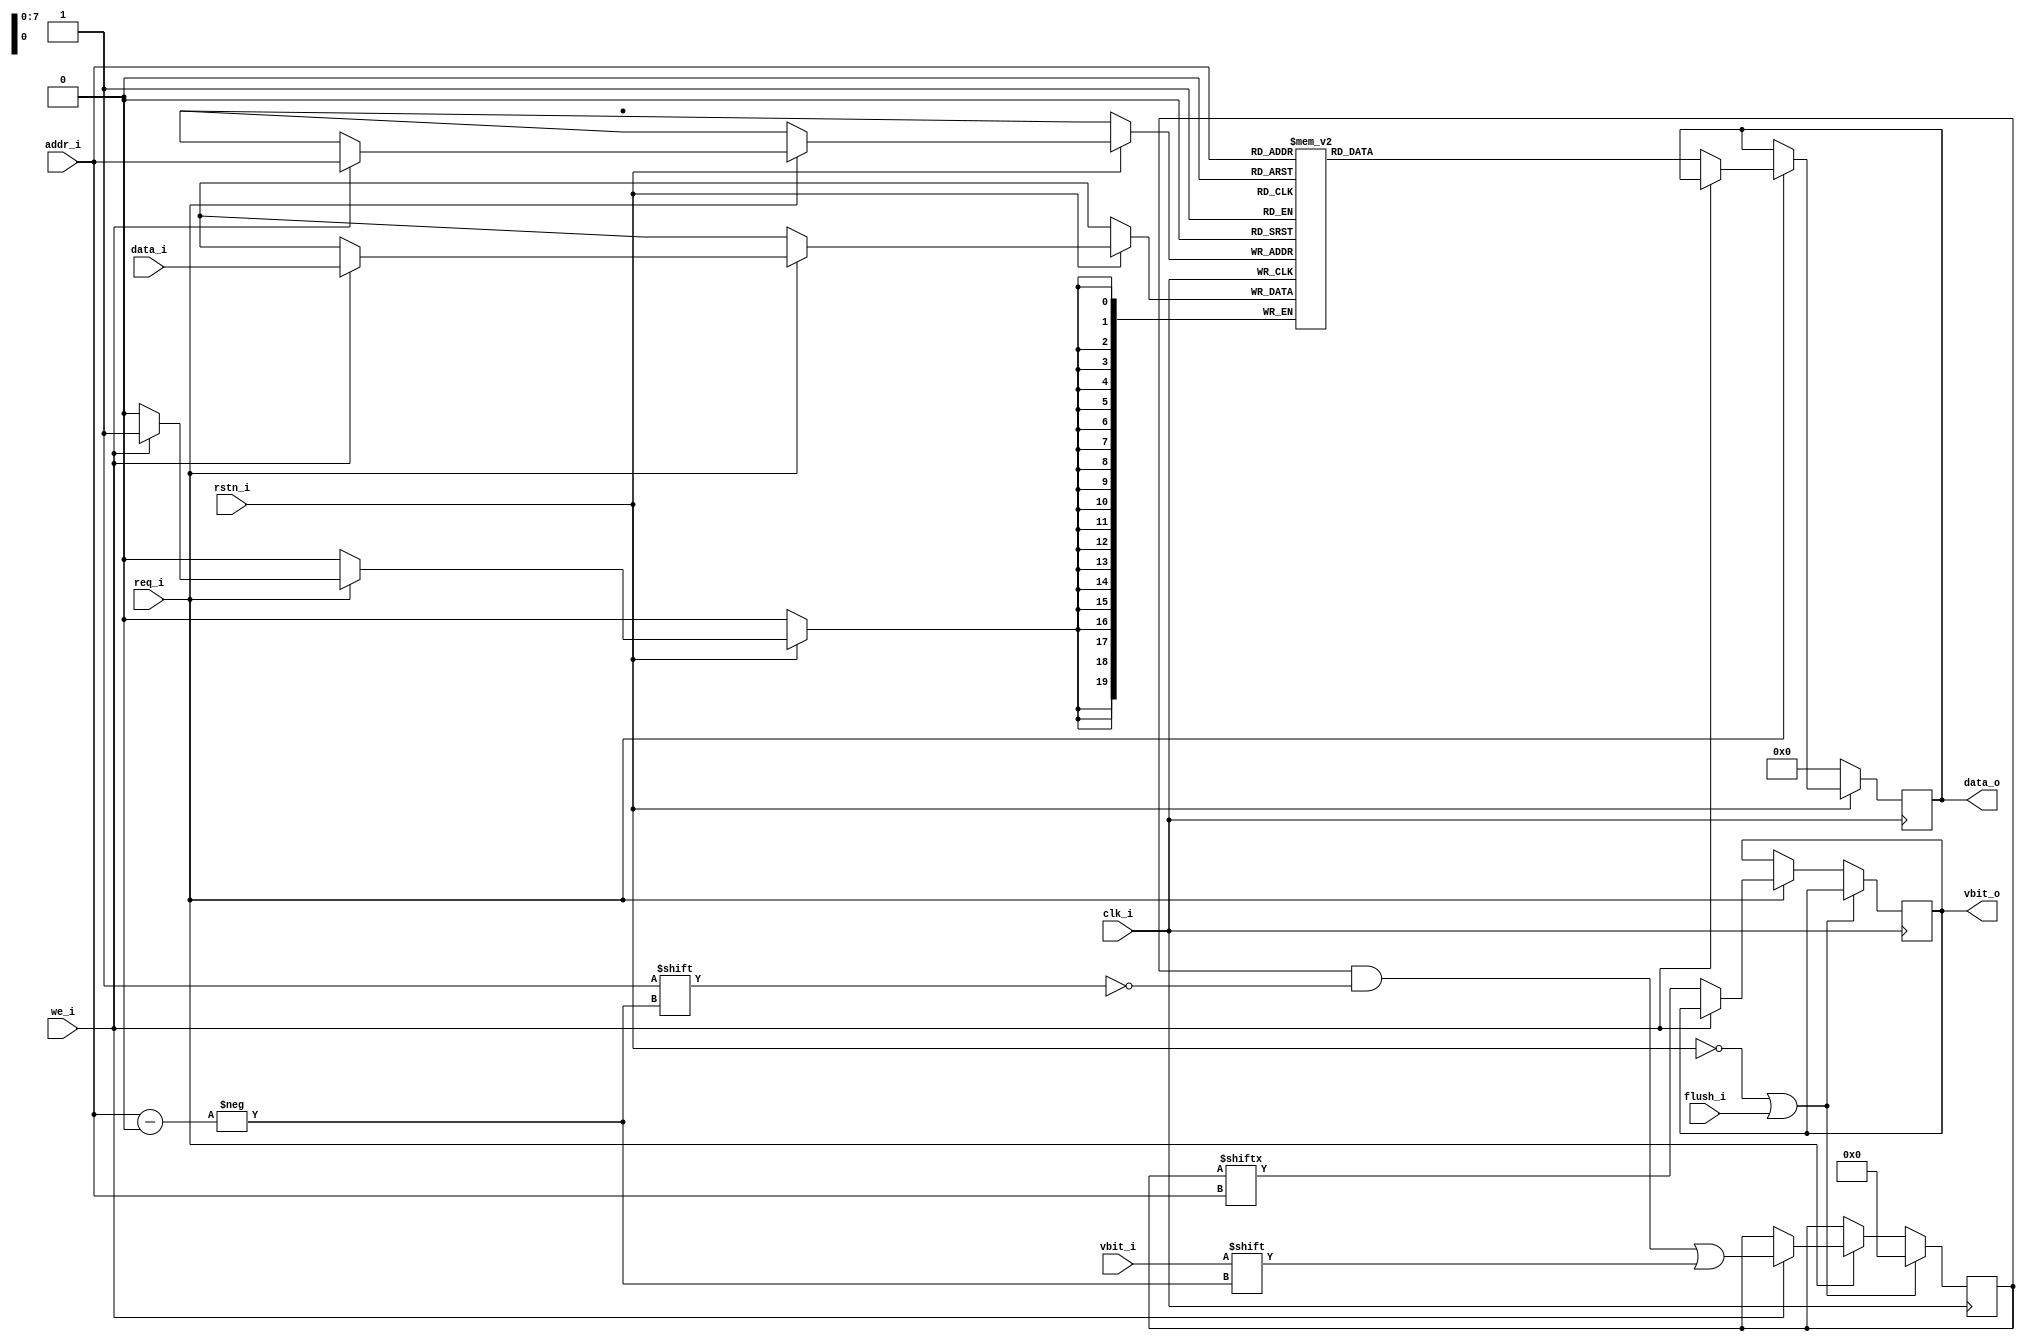
module tag_way_memory (
	clk_i,
	rstn_i,
	req_i,
	we_i,
	vbit_i,
	flush_i,
	data_i,
	addr_i,
	data_o,
	vbit_o
);
	input wire clk_i;
	input wire rstn_i;
	input wire req_i;
	input wire we_i;
	input wire vbit_i;
	input wire flush_i;
	localparam [31:0] drac_icache_pkg_TAG_WIDHT = 20;
	input wire [19:0] data_i;
	localparam [31:0] drac_icache_pkg_ICACHE_DEPTH = 256;
	localparam [31:0] drac_icache_pkg_ADDR_WIDHT = 8;
	input wire [7:0] addr_i;
	output reg [19:0] data_o;
	output reg vbit_o;
	reg [19:0] memory [0:255];
	reg [255:0] vbit_vec;
	always @(posedge clk_i)
		if (!rstn_i)
			data_o <= 1'sb0;
		else if (req_i)
			if (we_i)
				memory[addr_i] <= {data_i};
			else
				data_o <= memory[addr_i];
	always @(posedge clk_i)
		if (!rstn_i || flush_i)
			vbit_vec <= 1'sb0;
		else if (req_i)
			if (we_i)
				vbit_vec[addr_i] <= vbit_i;
			else
				vbit_o <= vbit_vec[addr_i];
endmodule